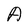
Character: A